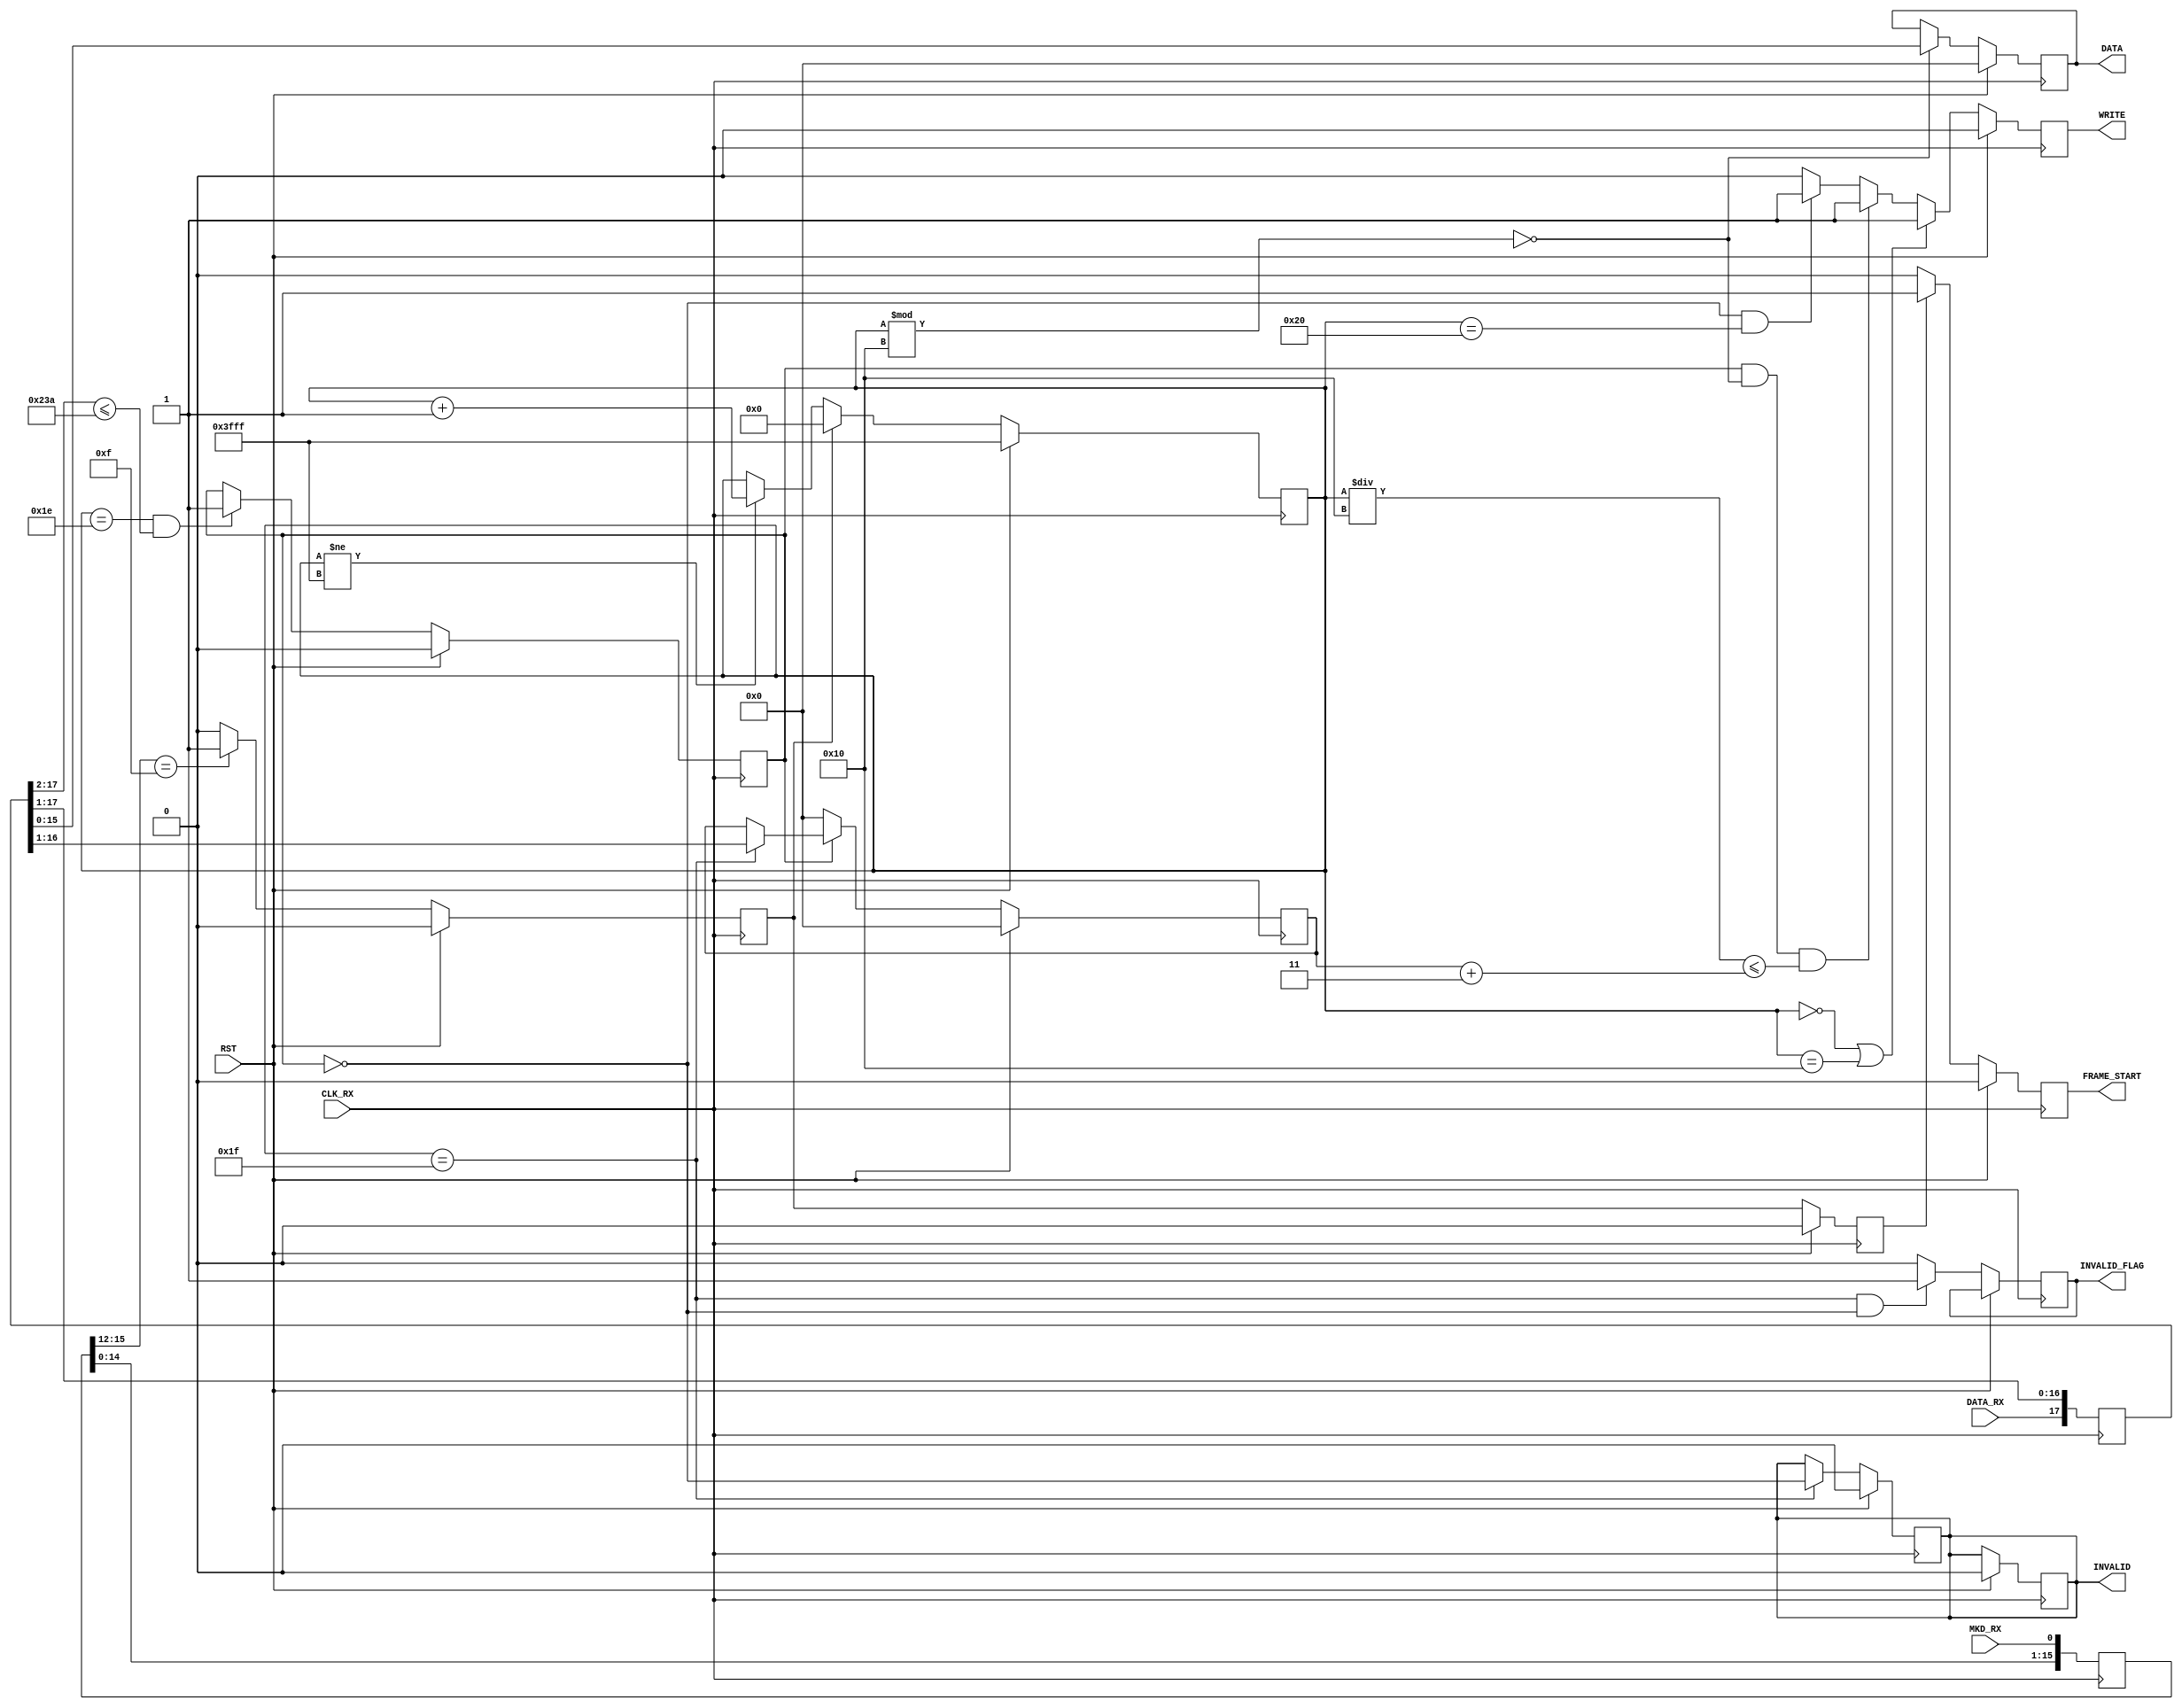
module m26_rx_ch
(
    input wire RST,
    input wire CLK_RX,
    input wire MKD_RX,
    input wire DATA_RX,

    output reg WRITE,
    output reg FRAME_START,
    output reg [15:0] DATA,
    output reg INVALID,
    output reg INVALID_FLAG
);

reg [15:0] mkd_sr;
always @(posedge CLK_RX)
    mkd_sr[15:0] <= {mkd_sr[14:0], MKD_RX};

reg [17:0] data_sr;
always @(posedge CLK_RX)
    data_sr[17:0] <= {DATA_RX, data_sr[17:1]};

reg start_cnt;
always @(posedge CLK_RX)
    if(RST)
        start_cnt <= 1'b0;
    else
        if(mkd_sr[15:12] == 4'b1111)
            start_cnt <= 1'b1;
        else
            start_cnt <= 1'b0;

reg start_cnt_dly;
always @(posedge CLK_RX)
    if(RST)
        start_cnt_dly <= 1'b0;
    else
        start_cnt_dly <= start_cnt;

always @(posedge CLK_RX)
    if(RST)
        FRAME_START <= 1'b0;
    else
        if(start_cnt_dly == 1)
            FRAME_START <= 1'b1;
        else
            FRAME_START <= 1'b0;

reg [13:0] data_cnt;  // must count until 574 * 16
always @(posedge CLK_RX)
    if(RST)
        data_cnt <= 14'h3FFF;
    else
        if(start_cnt)
            data_cnt <= 0;
        else if(data_cnt != 14'h3FFF)
            data_cnt <= data_cnt + 1;

reg data_len_ok;
always @(posedge CLK_RX)
    if(RST)
        data_len_ok <= 1'b0;
    else
        if(data_cnt==30 && data_sr[17:2] <= 570)  // maximum valid data words is 570 (total words 574)
            data_len_ok <= 1'b1;

always @(posedge CLK_RX)
    if(RST)
        INVALID <= 1'b0;
    else
        if(data_cnt==31)
            INVALID <= !data_len_ok;

always @(posedge CLK_RX)
    if(RST)
        INVALID <= 1'b0;
    else
        if(data_cnt==31 && !data_len_ok)
            INVALID_FLAG <= 1'b1;
        else
            INVALID_FLAG <= 1'b0;

reg [15:0] data_len;
always @(posedge CLK_RX)
    if(RST)
        data_len <= 0;
    else
        if(!data_len_ok)
            data_len <= 0;
        else if(data_cnt==31)
            data_len <= data_sr[16:1];

// Requiring Mimosa26 registers clkrateout = 1 and dualchannel = 1 (80MHz dual-channel)
always @(posedge CLK_RX)
    if(RST)
        WRITE <= 1'b0;
    else
        if(data_cnt == 0 || data_cnt == 16)  // write header and frame counter
            WRITE <= 1'b1;
        else if(data_len_ok && data_cnt % 16 == 0 && data_cnt / 16 <= data_len + 3)  // including trailer
            WRITE <= 1'b1;
        else if(!data_len_ok && data_cnt == 32)  // just data length w/o trailer
            WRITE <= 1'b1;
        else
            WRITE <= 1'b0;

always @(posedge CLK_RX)
    if(RST)
        DATA <= 1'b0;
    else
        if(data_cnt % 16 == 0)
            DATA <= data_sr[15:0];

endmodule